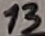
Text: 13